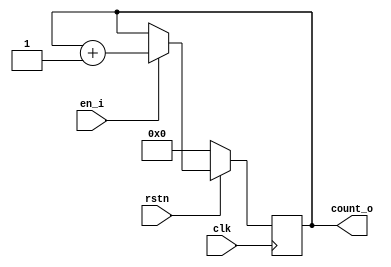
module counter
#(parameter N = 4)
(
input clk,
input rstn,
input en_i,
output reg [N-1:0] count_o
);

always @(posedge clk) begin
    if (!rstn) begin
        count_o <= 0;
    end else begin
        if (en_i) begin
            count_o <= count_o + 1;
        end
    end
end

endmodule